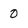
Character: 0